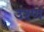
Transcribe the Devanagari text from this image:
उश्ण